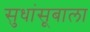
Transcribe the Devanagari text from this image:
सुधांसूबाला